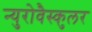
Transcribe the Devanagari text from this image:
न्युरोवैस्कुलर